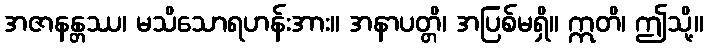
အဇာနန္တဿ၊ မသိသောရဟန်းအား။ အနာပတ္တိ၊ အပြစ်မရှိ။ ဣတိ၊ ဤသို့။